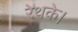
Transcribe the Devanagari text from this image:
रेथके।